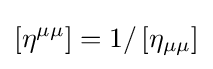
\left[\eta ^{\mu \mu }\right]=1/\left[\eta _{\mu \mu }\right]